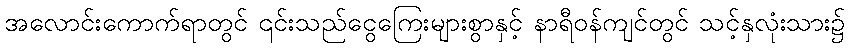
အလောင်းကောက်ရာတွင် ၎င်းသည်ငွေကြေးများစွာနှင့် နာရီဝန်ကျင်တွင် သင့်နှလုံးသား၌